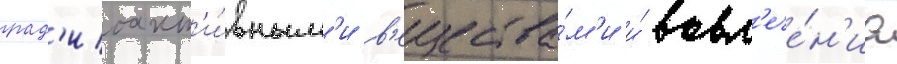
рад'иоакт'и́вным'и в'ещества́м'и и́ вовл'ече́н'иа